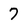
Character: 7